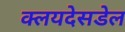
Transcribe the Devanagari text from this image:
क्लयदेसडेल